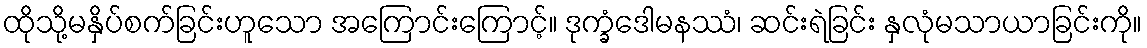
ထိုသို့မနှိပ်စက်ခြင်းဟူသော အကြောင်းကြောင့်။ ဒုက္ခံဒေါမနဿံ၊ ဆင်းရဲခြင်း နှလုံမသာယာခြင်းကို။